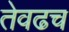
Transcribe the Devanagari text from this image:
तेवढच